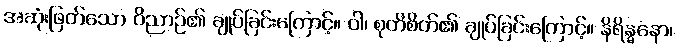
အဆုံးဖြတ်သော ဝိညာဉ်၏ ချုပ်ခြင်းကြောင့်။ ဝါ၊ စုတိစိတ်၏ ချုပ်ခြင်းကြောင့်။ နိရိန္ဓနော၊